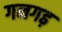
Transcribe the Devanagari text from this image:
गनगढ़